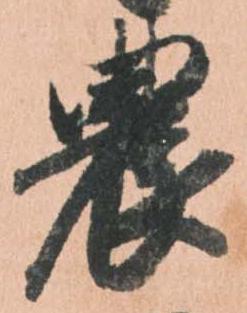
農